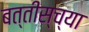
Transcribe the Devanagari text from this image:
बत्तीस्च्या